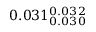
0 . 0 3 1 _ { 0 . 0 3 0 } ^ { 0 . 0 3 2 }